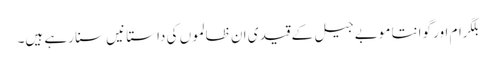
بلگرام اور گوانتا موبے جیل کے قید ی ان ظالموں کی داستا نیں سنا رہے ہیں۔